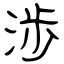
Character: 渉